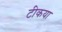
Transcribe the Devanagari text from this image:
टीकया